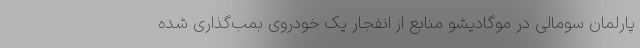
پارلمان سومالی در موگادیشو منابع از انفجار یک خودروی بمب‌گذاری شده